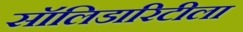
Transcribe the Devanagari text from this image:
सॉलिडारिटीला